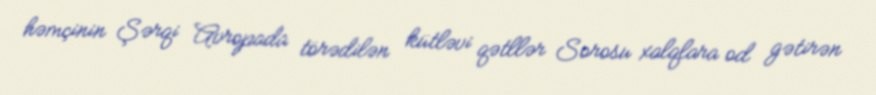
həmçinin Şərqi Avropada törədilən kütləvi qətllər Sorosu xalqlara od gətirən